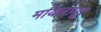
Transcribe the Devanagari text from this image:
मयिलापूर